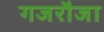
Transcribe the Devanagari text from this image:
गजरौजा